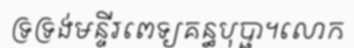
ទ្រទ្រង់មន្ទីរពេទ្យគន្ធបុប្ផា។លោក